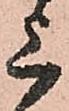
上